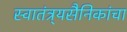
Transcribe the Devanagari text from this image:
स्वातंत्र्यसैनिकांचा